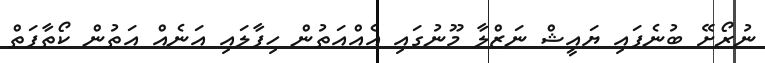
ނުރޯށޭ ބުނެފައި ޔައީޝް ނަޒްލާ މޫނުގައި އެއްއަތުން ހިފާލައި އަނެއް އަތުން ކޯތާފަތް